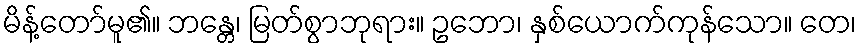
မိန့်တော်မူ၏။ ဘန္တေ၊ မြတ်စွာဘုရား။ ဥဘော၊ နှစ်ယောက်ကုန်သော။ တေ၊